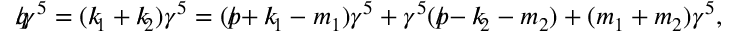
\begin{array} { r } { q \! \! \! / \gamma ^ { 5 } = ( k \! \! \! / _ { 1 } + k \! \! \! / _ { 2 } ) \gamma ^ { 5 } = ( p \! \! \! / + k \! \! \! / _ { 1 } - m _ { 1 } ) \gamma ^ { 5 } + \gamma ^ { 5 } ( p \! \! \! / - k \! \! \! / _ { 2 } - m _ { 2 } ) + ( m _ { 1 } + m _ { 2 } ) \gamma ^ { 5 } , } \end{array}